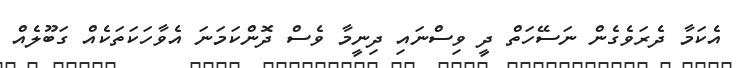
އެކަމާ ދެރަވެގެން ނަސޭހަތް ދީ ވިސްނައި ދިނީމާ ވެސް ދޮންކަމަނަ އެވާހަކަތަކެއް ގަބޫލެއް